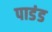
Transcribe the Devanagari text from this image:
पाडंड